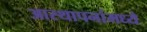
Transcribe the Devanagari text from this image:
आस्‍थापनांमध्‍ये